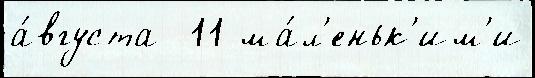
а́вгуста  11 ма́л'еньк'им'и